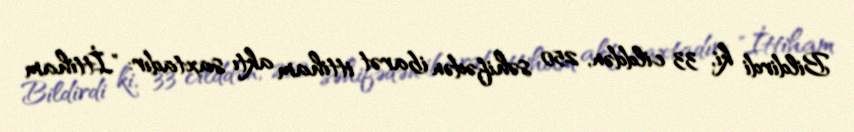
Bildirdi ki, 33 cilddən, 250 səhifədən ibarət ittiham aktı saxtadır: "İttiham